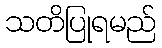
သတိပြုရမည်